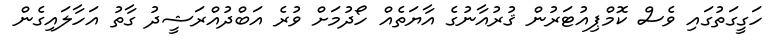
ހަގީގަތުގައި ވެސް ކޮމްޕިއުޓަރުން ޤުރުއާނުގެ އާޔަތެއް ހޯދުމަށް ވުރެ އަބްދުއްރަޝީދު ގާތު އަހާލައިގެން